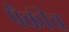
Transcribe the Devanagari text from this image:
पैकीच